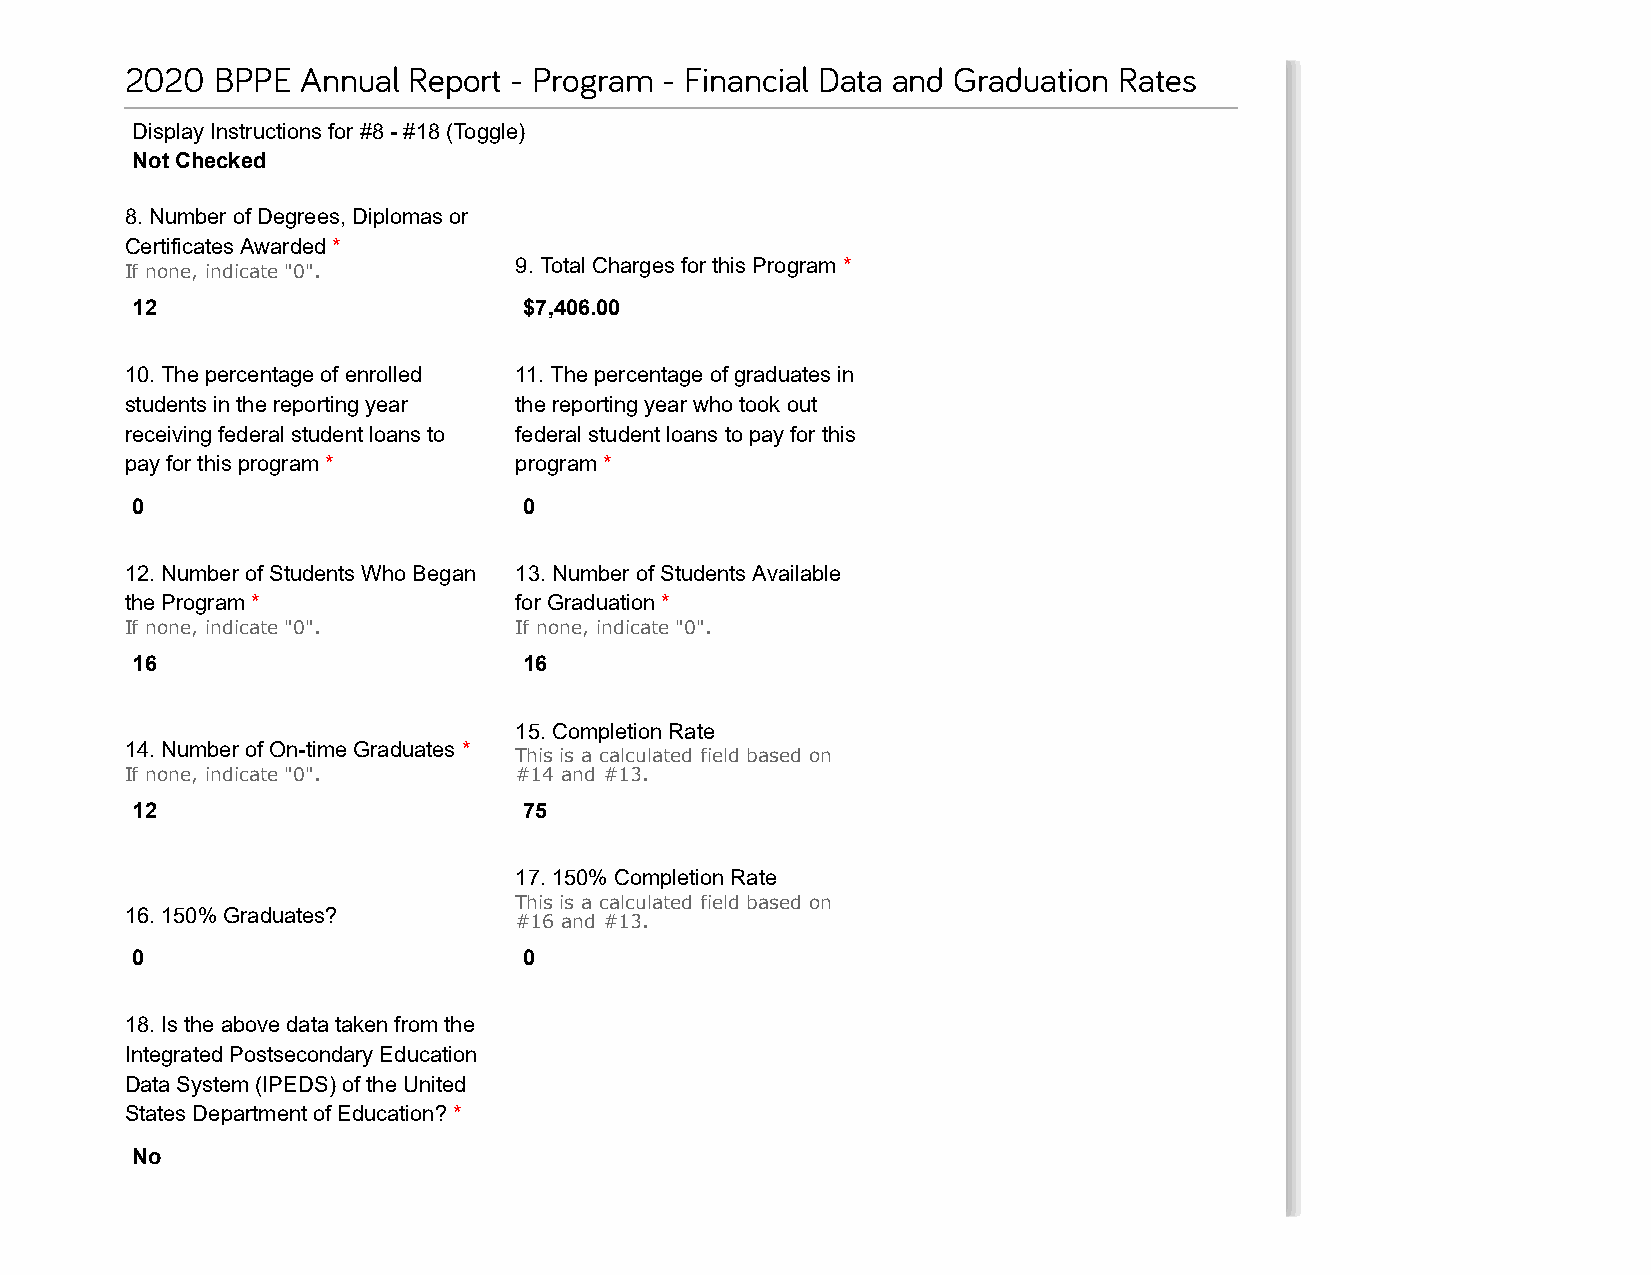
2020  BPPE  Annual Report - Program - Financial Data and Graduation Rates
 Display Instructions for #8 - #18 (Toggle)
 Not Checked
 8. Number of Degrees, Diplomas or
 Certificates Awarded *
 9. Total Charges for this Program *
 If none, indicate "0".
 12                        $7,406.00
 10. The percentage of enrolled 11. The percentage of graduates in
 students in the reporting year the reporting year who took out
 receiving federal student loans to federal student loans to pay for this
 pay for this program *    program *
 0                         0
 12. Number of Students Who Began 13. Number of Students Available
 the Program *             for Graduation *
 If none, indicate "0".    If none, indicate "0".
 16                        16
 15. Completion Rate
 14. Number of On-time Graduates *
 This is a calculated field based on
 If none, indicate "0".    #14 and #13.
 12                        75
 17. 150% Completion Rate
 This is a calculated field based on
 16. 150% Graduates?
 #16 and #13.
 0                         0
 18. Is the above data taken from the
 Integrated Postsecondary Education
 Data System (IPEDS) of the United
 States Department of Education? *
 No